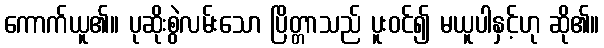
ကောက်ယူ၏။ ပုဆိုးစွဲလမ်းသော ပြိတ္တာသည် ပူးဝင်၍ မယူပါနှင့်ဟု ဆို၏။